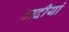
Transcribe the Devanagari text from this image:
वादीयां